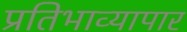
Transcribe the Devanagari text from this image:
प्रतिभाव्यापार